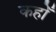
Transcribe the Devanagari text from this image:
कहोँ